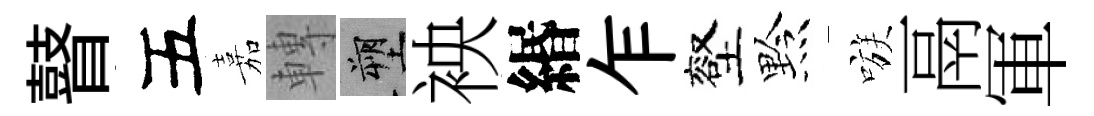
瞽五嘉轉塑䘧緡乍壑黔嗾鬲軍